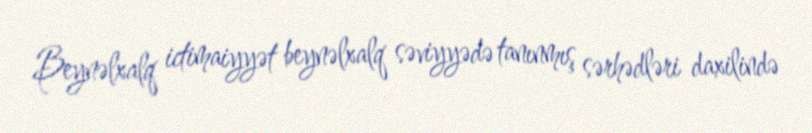
Beynəlxalq ictimaiyyət beynəlxalq səviyyədə tanınmış sərhədləri daxilində